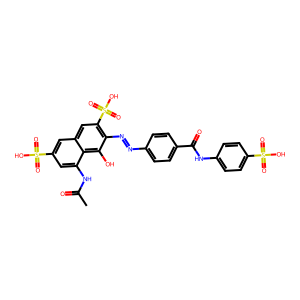
SMILES: CC(=O)Nc1cc(S(=O)(=O)O)cc2cc(S(=O)(=O)O)c(N=Nc3ccc(C(=O)Nc4ccc(S(=O)(=O)O)cc4)cc3)c(O)c12
Inhibits HIV replication: No